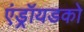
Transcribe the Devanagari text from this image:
एंड्रॉयडको